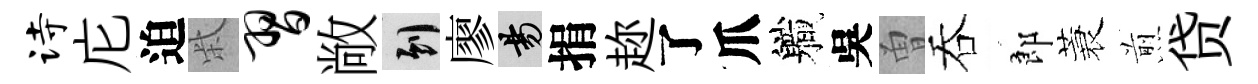
诗庀迫柴习敞到廖昜捐趂了爪軄吳曽吞郎蓑煎贷